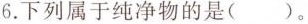
6.下列属于纯净物的是( )。